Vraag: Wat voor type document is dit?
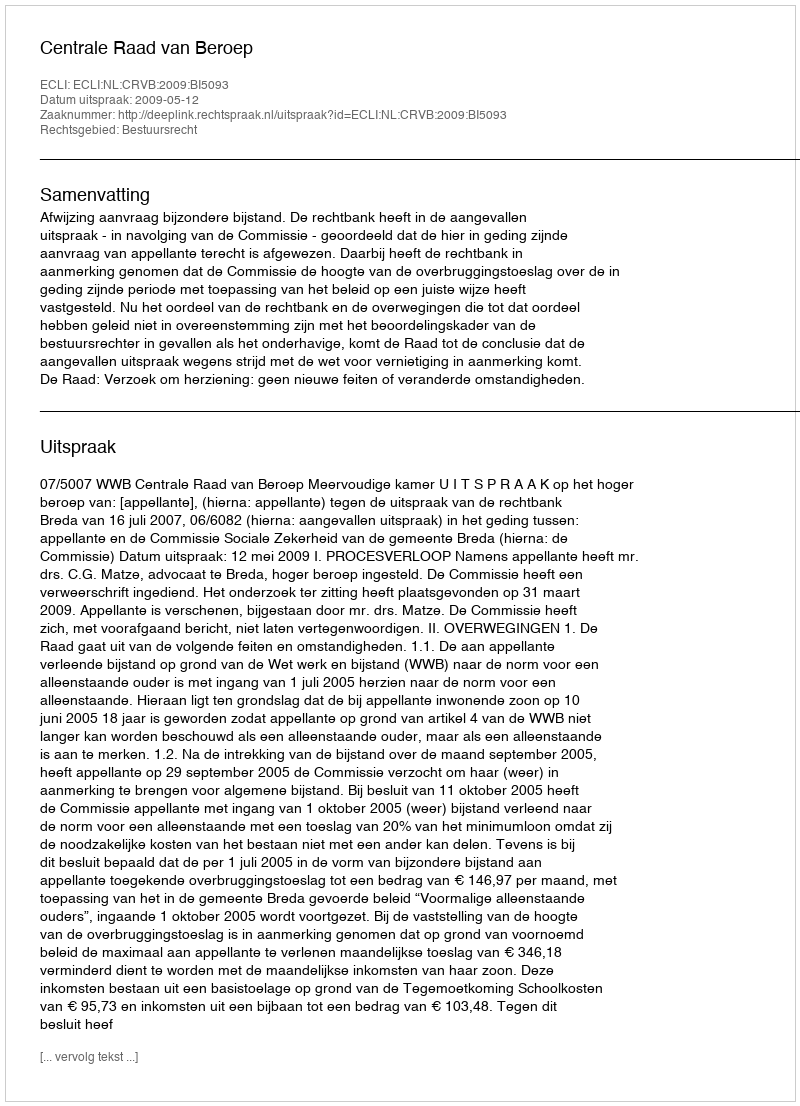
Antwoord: Uitspraak